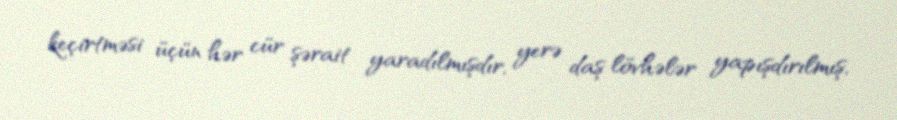
keçirtməsi üçün hər cür şərait yaradılmışdır, yerə daş lövhələr yapışdırılmış,